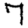
Digit: 7